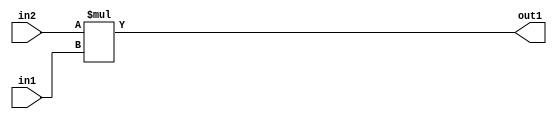
`timescale 1ps / 1ps
/*****************************************************************************
    Verilog RTL Description
    
    
    Created by: Stratus DpOpt 21.05.01 
*******************************************************************************/

module Filter_Mul_3Ux2U_5U_1 (
	in2,
	in1,
	out1
	); /* architecture "behavioural" */ 
input [2:0] in2;
input [1:0] in1;
output [4:0] out1;
wire [4:0] asc001;

assign asc001 = 
	+(in2 * in1);

assign out1 = asc001;
endmodule

/* CADENCE  urf5Qg0= : u9/ySxbfrwZIxEzHVQQV8Q== ** DO NOT EDIT THIS LINE ******/